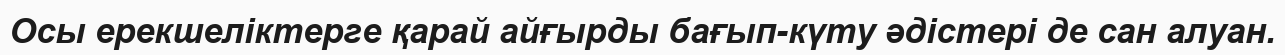
Осы ерекшеліктерге қарай айғырды бағып-күту әдістері де сан алуан.